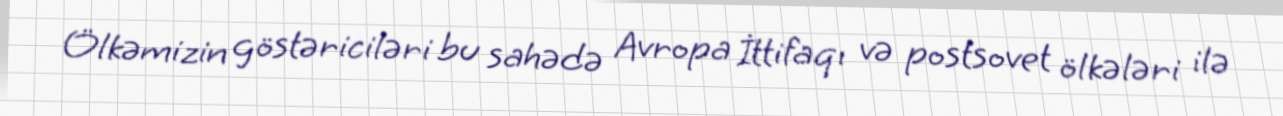
Ölkəmizin göstəriciləri bu sahədə Avropa İttifaqı və postsovet ölkələri ilə